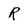
Character: R